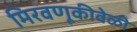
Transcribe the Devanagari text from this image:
मिरवणूकीवेळी